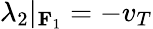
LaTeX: \lambda_{2}|_{\mathbf{F}_{1}}=-v_{T}